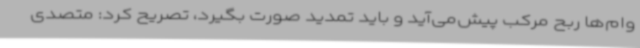
وام‌ها ربح مرکب پیش‌می‌آید و باید تمدید صورت بگیرد، تصریح کرد: متصدی